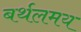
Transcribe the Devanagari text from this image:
बर्थलमय